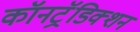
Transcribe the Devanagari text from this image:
कॉनट्रॅडिक्शन